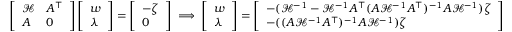
\begin{array} { r } { \left[ \begin{array} { l l } { { \mathcal { H } } } & { A ^ { \top } } \\ { A } & { 0 } \end{array} \right] \left[ \begin{array} { l } { w } \\ { \lambda } \end{array} \right] = \left[ \begin{array} { l } { - \zeta } \\ { 0 } \end{array} \right] \implies \left[ \begin{array} { l } { w } \\ { \lambda } \end{array} \right] = \left[ \begin{array} { l } { - ( { \mathcal { H } } ^ { - 1 } - { \mathcal { H } } ^ { - 1 } A ^ { \top } ( A { \mathcal { H } } ^ { - 1 } A ^ { \top } ) ^ { - 1 } A { \mathcal { H } } ^ { - 1 } ) \zeta } \\ { - ( ( A { \mathcal { H } } ^ { - 1 } A ^ { \top } ) ^ { - 1 } A { \mathcal { H } } ^ { - 1 } ) \zeta } \end{array} \right] } \end{array}